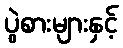
ပွဲစားများနှင့်